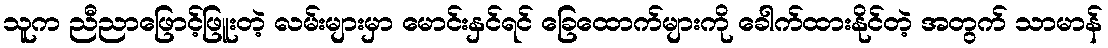
သူက ညီညာဖြောင့်ဖြူးတဲ့ လမ်းများမှာ မောင်းနှင်ရင် ခြေထောက်များကို ခေါက်ထားနိုင်တဲ့ အတွက် သာမာန်